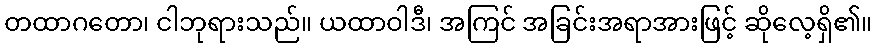
တထာဂတော၊ ငါဘုရားသည်။ ယထာဝါဒီ၊ အကြင် အခြင်းအရာအားဖြင့် ဆိုလေ့ရှိ၏။